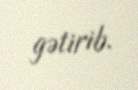
gətirib.